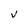
Character: V